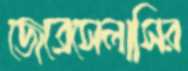
জেব্রেসেলাসির